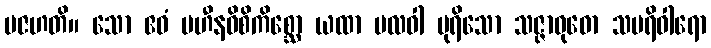
ပဇဟတိ။ သော ဧဝံ ပဟီနဝိစိကိစ္ဆော ယထာ ဗလဝါ ပုရိသော သဇ္ဇာဝုဓော သပရိဝါရော